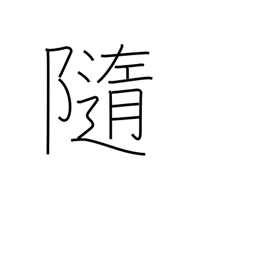
Meaning: at the mercy of (the waves)